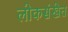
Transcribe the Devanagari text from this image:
लोकसंखेत